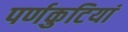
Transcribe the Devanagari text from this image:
पर्णकुटियां